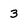
Character: 3